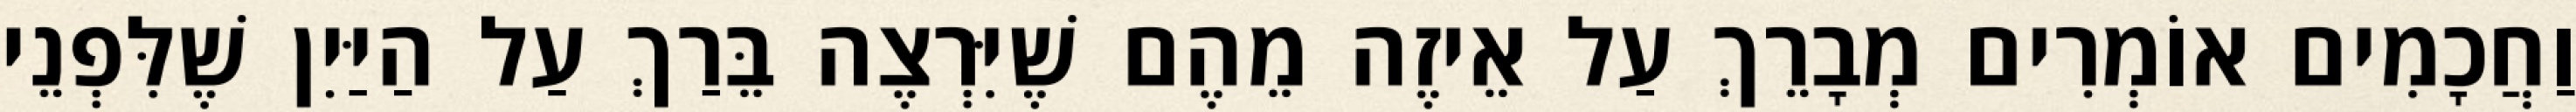
וַחֲכָמִים אוֹמְרִים מְבָרֵךְ עַל אֵיזֶה מֵהֶם שֶׁיִּרְצֶה בֵּרַךְ עַל הַיַּיִן שֶׁלִּפְנֵי